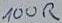
Text: 100R